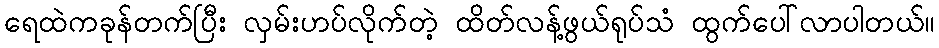
ရေထဲကခုန်တက်ပြီး လှမ်းဟပ်လိုက်တဲ့ ထိတ်လန့်ဖွယ်ရုပ်သံ ထွက်ပေါ်လာပါတယ်။